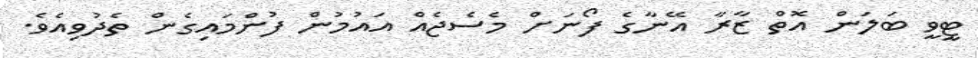
ޓީވީ ބަލަން އޮތް ޒާރާ އޭނާގެ ފޯނަށް މެސެޖެއް އައުމުން ފުންމައިގެން ތެދުވިއެވެ.